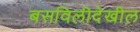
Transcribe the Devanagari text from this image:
बसविलीदेखील